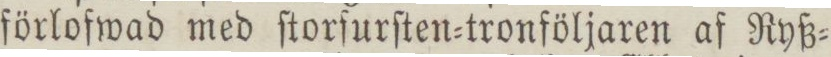
förlofwad med ſtorfurſten=tronföljaren af Ryß=